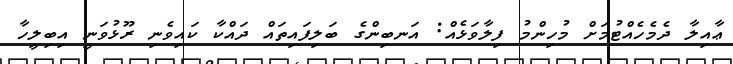
ޢާއިލާ ދެމެހެއްޓުމަށް މުހިންމު ފިލާވަޅެއް: އަނބިންގެ ބަލިފައިތައް ދައްކާ ކައިވެނިި ރޫޅުވަނީ އިބިލީހާ